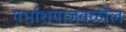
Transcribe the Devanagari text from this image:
गर्भाशयाजवळील